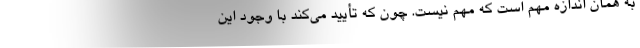
به همان اندازه مهم است که مهم نیست. چون که تأیید می‌کند با وجود این